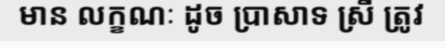
មាន លក្ខណៈ ដូច ប្រាសាទ ស្រី ត្រូវ